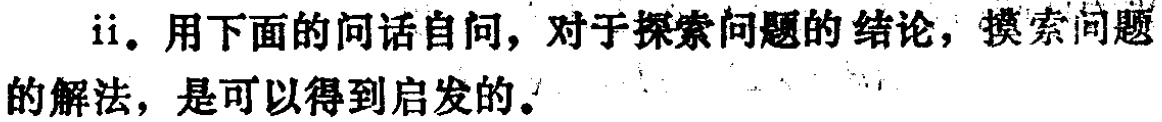
ii. 用下面的问话自问，对于探索问题的结论，摸索问题的解法，是可以得到启发的。